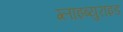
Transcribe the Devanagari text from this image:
ग्लाइब्युराइड